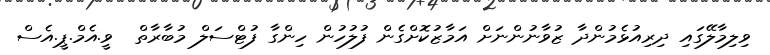
ވިލިމާލޭގައި ދިރިއުޅެމުންދާ ޒުވާނުންނަށް އަމާޒުކޮށްގެން ފުލުހުން ހިންގާ ފުޓްސަލް މުބާރާތް  ވީ.އެމް.ޕީ.އެސް